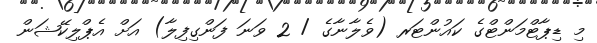
މި ޑިޕާޓްމަންޓްގެ ކައުންޓަރ (ވެލާނާގެ / 2 ވަނަ ފަންގިފިލާ) އަށް އެޕްލިކޭޝަން